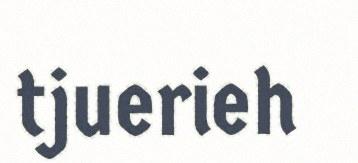
tjuerieh